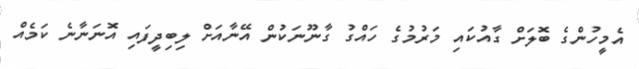
އެމީހުންގެ ބޮލަށް ގާއުކައި މަރުމުގެ ހައްގު ގާނޫނަކުން އޭނާއަށް ލިބިދީފައި އޮނަނާނެ ކަމެއް